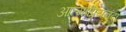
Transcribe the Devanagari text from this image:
आत्माप्रियनंदा